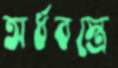
অর্ধবস্ত্রে